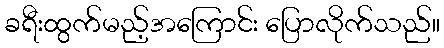
ခရီးထွက်မည့်အကြောင်း ပြောလိုက်သည်။